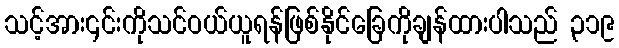
သင့်အား၎င်းကိုသင်ဝယ်ယူရန်ဖြစ်နိုင်ခြေကိုချန်ထားပါသည် ၃၁၉